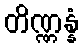
တိဏ္ဏန္နံ